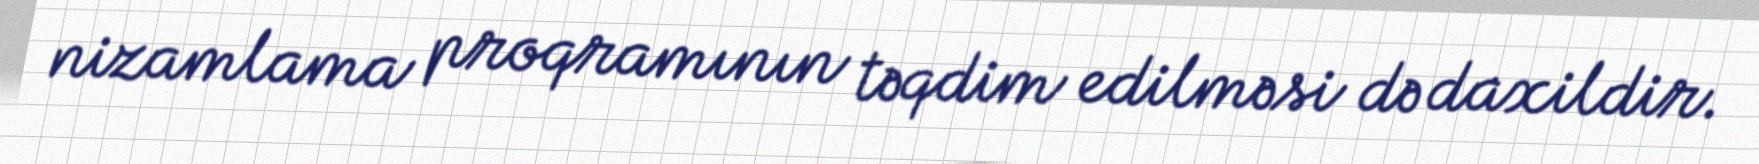
nizamlama proqramının təqdim edilməsi də daxildir.